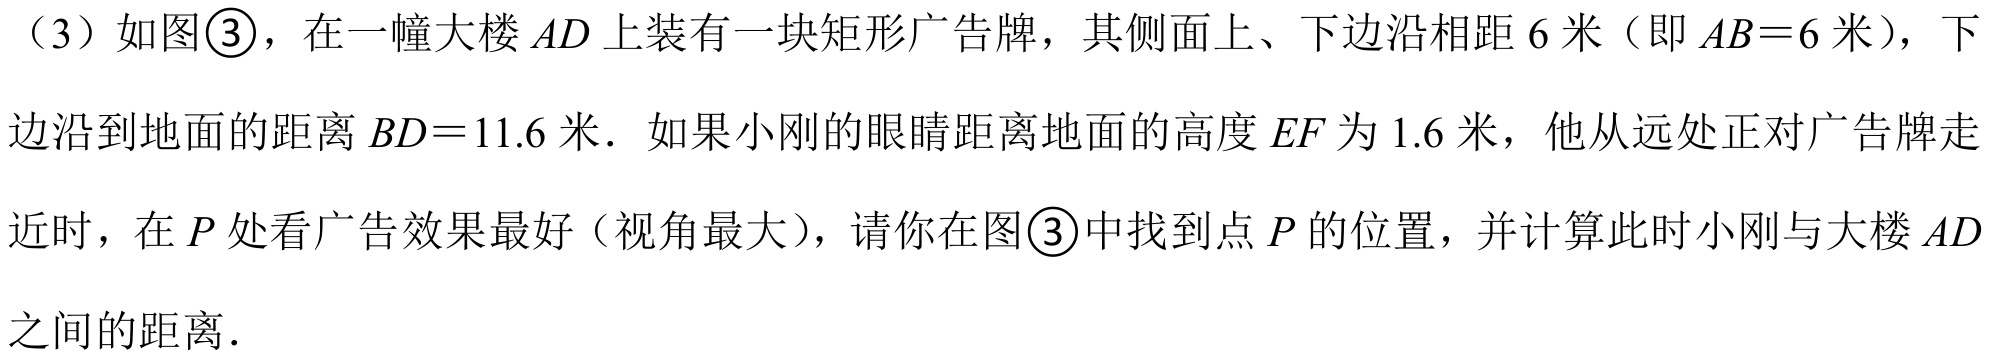
（3）如图\textcircled{3}，在一幢大楼$AD$上装有一块矩形广告牌，其侧面上、下边沿相距$6$米（即$AB = 6$米），下边沿到地面的距离$BD = 11.6$米．如果小刚的眼睛距离地面的高度$EF$为$1.6$米，他从远处正对广告牌走近时，在$P$处看广告效果最好（视角最大），请你在图\textcircled{3}中找到点$P$的位置，并计算此时小刚与大楼$AD$之间的距离．